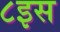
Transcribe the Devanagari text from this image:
८इस